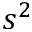
s ^ { 2 }